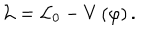
\mathcal { L = L } _ { 0 } - V \left( \varphi \right) .